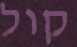
קול